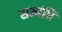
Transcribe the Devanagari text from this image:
सम्बंधि